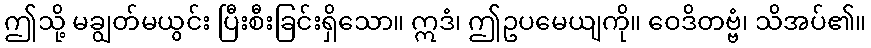
ဤသို့ မချွတ်မယွင်း ပြီးစီးခြင်းရှိသော။ ဣဒံ၊ ဤဥပမေယျကို။ ဝေဒိတဗ္ဗံ၊ သိအပ်၏။